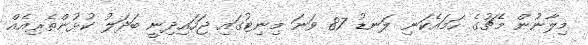
މިލާނުން މެޗުގެ ހަމައެކަނި ލަނޑު 87 ވަނަ މިނިޓުގައި ޖަހައިދިނީ ބަދަލު ކުޅުންތެރިއެއް